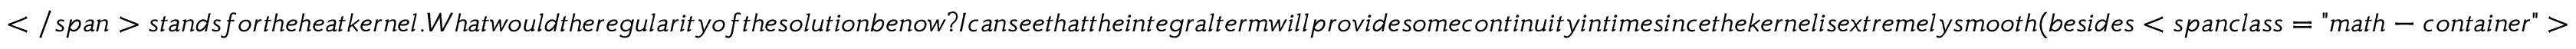
< / s p a n > s t a n d s f o r t h e h e a t k e r n e l . W h a t w o u l d t h e r e g u l a r i t y o f t h e s o l u t i o n b e n o w ? I c a n s e e t h a t t h e i n t e g r a l t e r m w i l l p r o v i d e s o m e c o n t i n u i t y i n t i m e s i n c e t h e k e r n e l i s e x t r e m e l y s m o o t h ( b e s i d e s < s p a n c l a s s = " m a t h - c o n t a i n e r " >